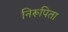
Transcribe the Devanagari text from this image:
निरूपिता